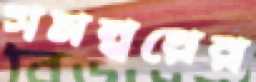
সমন্বয়ের